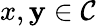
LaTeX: x,\mathbf{y}\in{\mathcal{{C}}}